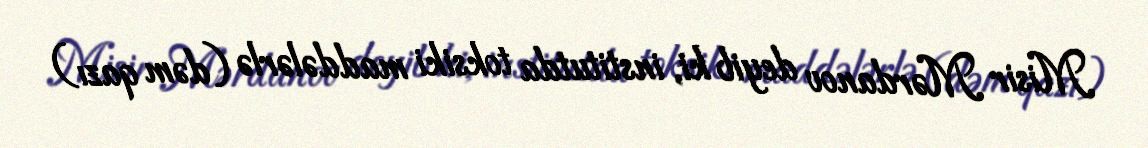
Misir Mərdanov deyib ki, institutda toksiki maddələrlə (dəm qazı)